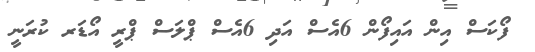
ފޯކަސް އިން އައިފޯން 6އެސް އަދި 6އެސް ޕްލަސް ޕްރީ އޯޑަރ ކުރަނީ